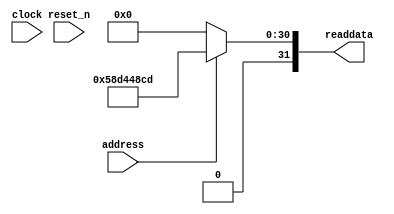
module HW_QSYS_sysid (
               // inputs:
                address,
                clock,
                reset_n,

               // outputs:
                readdata
             )
;

  output  [ 31: 0] readdata;
  input            address;
  input            clock;
  input            reset_n;

  wire    [ 31: 0] readdata;
  //control_slave, which is an e_avalon_slave
  assign readdata = address ? 1490307277 : 0;

endmodule